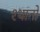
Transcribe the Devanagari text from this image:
श्थानों